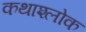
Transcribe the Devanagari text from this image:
कथाश्लोक